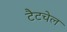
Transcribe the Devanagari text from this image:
टैटचेल